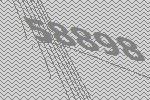
58898